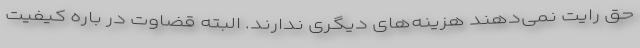
حق رایت نمی‌دهند هزینه‌های دیگری ندارند. البته قضاوت در باره کیفیت